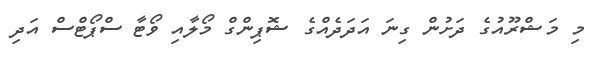
މި މަޝްރޫއުގެ ދަށުން ގިނަ އަދަދެއްގެ ޝޮޕިންގް މޯލާއި ވޯޓާ ސްޕޯޓްސް އަދި